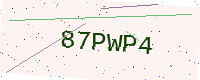
Text: 87PWP4